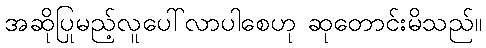
အဆိုပြုမည့်လူပေါ်လာပါစေဟု ဆုတောင်းမိသည်။